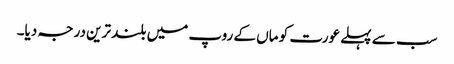
سب سے پہلے عورت کو ماں کے روپ میں بلند ترین درجہ دیا۔